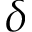
\delta